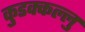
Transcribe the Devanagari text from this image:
कुडक्कल्लु